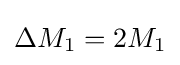
\Delta M_{1}=2M_{1}